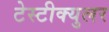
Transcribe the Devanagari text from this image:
टेस्टीक्युलर